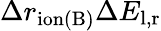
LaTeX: \Delta r_{\mathrm{ion(B)}}\Delta E_{\mathrm{l,r}}